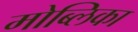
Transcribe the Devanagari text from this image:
मोब्लिका